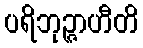
ပရိဘုဉ္ဇာဟီတိ